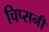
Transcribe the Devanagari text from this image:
चिप्सनी